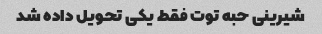
شیرینی حبه توت فقط یکی تحویل داده شد